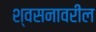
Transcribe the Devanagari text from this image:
श्वसनावरील